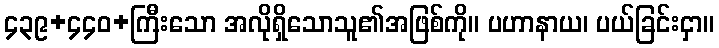
၄၃၉+၄၄၀+ကြီးသော အလိုရှိသောသူ၏အဖြစ်ကို။ ပဟာနာယ၊ ပယ်ခြင်းငှာ။